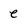
Character: e